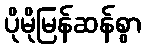
ပိုမိုမြန်ဆန်စွာ